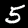
Label: 5